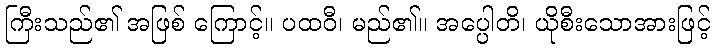
ကြီးသည်၏ အဖြစ် ကြောင့်။ ပထဝီ၊ မည်၏။ အပ္ပေါတိ၊ ယိုစီးသောအားဖြင့်